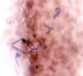
صديقكم